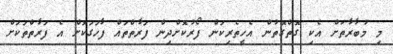
މި މުބާރާތަށް އެކި ގޮތްގޮތުން އެހީތެރިކަން ފޯރުކޮށްދިން ފަރާތްތައް ފާހަގަކޮށް އެ ފަރާތްތަކަށް